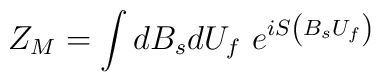
Z_M=\int dB_sdU_f\ e^{iS\left( B_sU_f\right) }